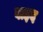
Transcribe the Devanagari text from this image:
वाइद